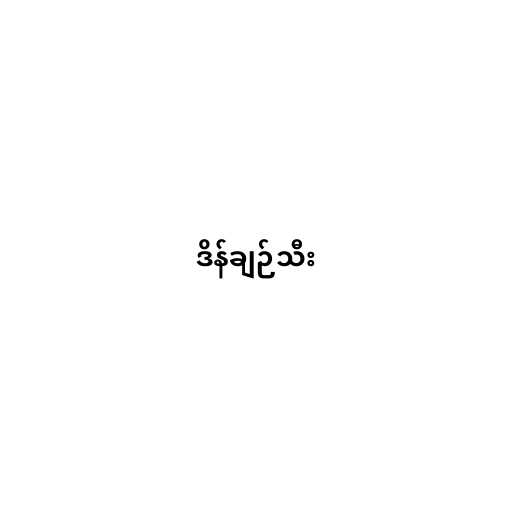
ဒိန်ချဉ်သီး